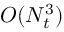
O ( N _ { t } ^ { 3 } )